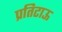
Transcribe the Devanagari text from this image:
प्रतिटाऊ